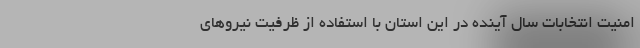
امنیت انتخابات سال آینده در این استان با استفاده از ظرفیت نیروهای